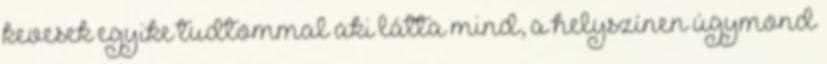
kevesek egyike tudtommal aki látta mind, a helyszínen úgymond